Annual report on the working of the lock hospitals in the North-Western Provinces and Oudh
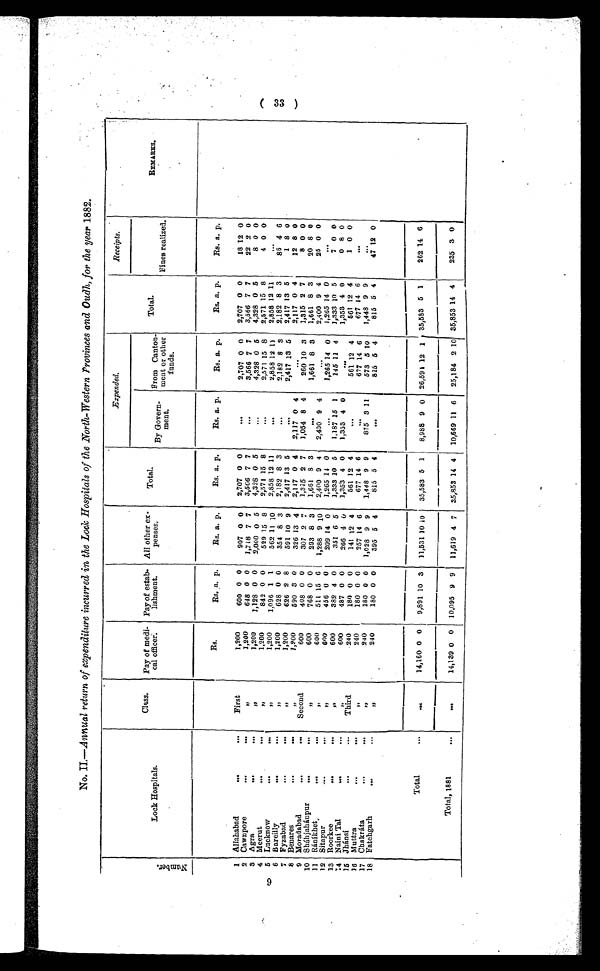
Nu mb e r .
Lock Hospitals.
Class.
Pay of medi-
cal officer.
Pay of estab
- lishment.
All other e
x- penses,
Total.
Expended.
Total.
Receipts.
R E M A R K S .
Fines realized.
By Govern-
ment.
From Canton-
ment or other
funds.
Rs.
Rs. a. p.
Rs. a. p.
Rs. a. p.
Rs. a. p.
Rs. a. p.
Rs. a. p.
Rs. a. p.
1 Allahabad
..
. . .
First
1,200
600 0 0
907 0 0 2,707 0 0
. . .
2,707 0 0 2,707 0 0
18 12 0
2 Cawnpore
...
. . .
, ,
1,200
648 0 0 1,718 7 7 3,566 7 7
...
3,566 7 7 3,566 7 7
22 2 o
3 Agra
... ...
, ,
1,200
1,128 0 0 2,000 0 5 4,328 0 5
...
4,328 0 5 4,328 0 5
8 0 0
4 Meerut
...
. . .
, ,
1,200
842 0 0
529 15 8 2,571 15 8
. . .
2,571 15 8 2,571 15 8
4 0 0
5 Lucknow
...
. . .
, ,
1,200
1,096 1 1
562 11 10 2,858 12 11
...
2,858 12 11 2,858 12 11
. . .
6 Bareilly
...
. . .
, ,
1,200
628 0 0
354 8 3 2,182 8 3
. . .
2,182 8 3 2,182 8 3
86 4 6
7 Fyzabad
...
. . .
, ,
1,200
626 2 8
591 10 9 2,417 13 5
. . .
2,417 13 5 2,417 13 5
1 8 0
8 Benares
...
. . .
, , 1,200
590 3 0
326 13 4 2,117 0 4 2,117 0 4
. . .
2,117 0 4
12 8 0
9 Moradabad
...
...
Second
600
408 0 0
307 2 7 1,315 2 7 1,054 8 4
260 10 3 1,315 2 7
8 0 0
10 Sháhjahánpur
...
...
, ,
600
768 0 0
293 8 3 1,661 8 3
...
1,661 8 3 1,661 8 3
20 8 0
11 Ránikhet,
...
...
,,
600
511 15 6 1,288 9 10 2,400 9 4 2,400 9 4
. . .
2,400 9 4
25 0 0
12 Sitapur
...
...
, ,
600
456 0 0
209 14 0 1,265 14 0
. . .
1,265 14 0 1,265 14 0
. . .
13 Roorkee
...
...
, ,
600
382 4 0
351 6 5 1,333 10 5
1,187 15 1
145 11 4 1,333 10 5
7 0 0
14 Naini Tal . . .
. . .
, ,
600
487 0 0
266 4 0 1,353 4 0 1,353 4 0
. . .
1,353 4 0
0 8 0
15 Jhánsi
...
. . .
Third
240
180 0 0
141 12 4
561 12 4
. . .
561 12 4
561 12 4
1 0 0
16 Muttra
...
. . .
, ,
240
180 0 0
257 14 6
677 14 6
. . .
677 14 6
677 14 6
...
17 Chákráta
...
. . .
,,
240
180 0 0 1,028 9 9 1,448 9 9
875 3 11
573 510 1,448 9 9
. . .
18 Fatehgarh
...
. . .
,,
240
180 0 0
395 5 4
815 5 4
. . .
815 5 4
815 5 4
47 12 0
Total
. . .
. . . 14,160 0 0 9,891 10 3 11,531 10 10 35,583 5 1 8,988 9 0 26,591 1 2 1 35,583 5 1
262
1 46
Total, 1881
. . .
. . . 14,139 0 0 10,095 9 9 11,619 4 7 35,853 14 4 10,669 11 6 25,184 2 10 35,853
1 4 4
235 3 0
9
( 33 )
No. 1I-Annual return of expenditure incurred in the Lock Hospitals of the North-Western Provinces and Oudh, for the year 1882.